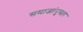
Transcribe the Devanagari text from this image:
समाजांनुसार